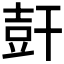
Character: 𰏩